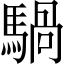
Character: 騧